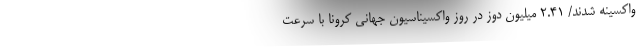
واکسینه شدند/ 2.41 میلیون دوز در روز واکسیناسیون جهانی کرونا با سرعت